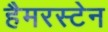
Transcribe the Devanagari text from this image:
हैमरस्टेन